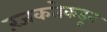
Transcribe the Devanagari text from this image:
रंजकतेकडून